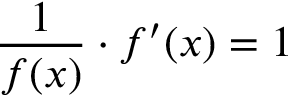
{ \frac { 1 } { f ( x ) } } \cdot f ^ { \prime } ( x ) = 1